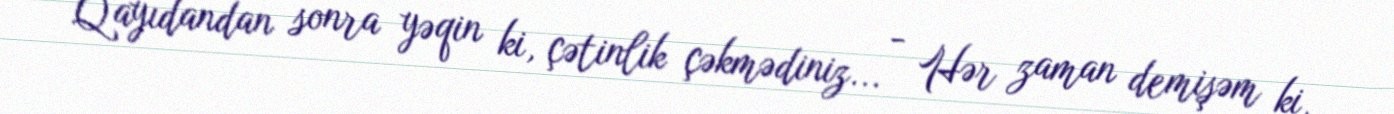
- Qayıdandan sonra yəqin ki, çətinlik çəkmədiniz... - Hər zaman demişəm ki,